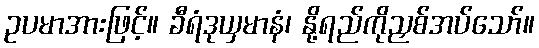
ဥပမာအားဖြင့်။ ခီရံဒုယှမာနံ၊ နို့ရည်ကိုညှစ်အပ်သော်။